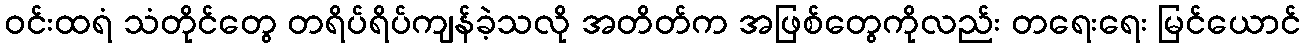
ဝင်းထရံ သံတိုင်တွေ တရိပ်ရိပ်ကျန်ခဲ့သလို အတိတ်က အဖြစ်တွေကိုလည်း တရေးရေး မြင်ယောင်